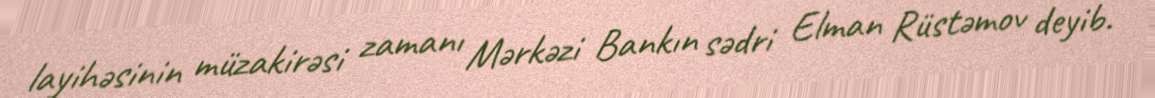
layihəsinin müzakirəsi zamanı Mərkəzi Bankın sədri Elman Rüstəmov deyib.